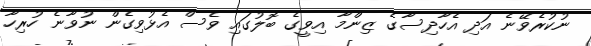
ނުކުރެވޭނެ އަދި އެހާދިސާގެ ޒިންމާ އިވީގެ ބޮލުގައި ވެސް އެޅުވިގެން ނުވާނެ ހުރިހާ